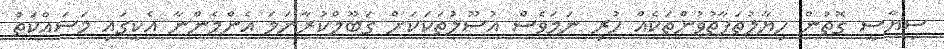
ސިޔާސީ ގޮތުން ހިޔާލުތަފާތުވުންތަކެއް ހުރި ނަމަވެސް އުސޫލުތަކަކަށް ގަބޫލްކުރާނަމަ އެންމެންނާ އެކީގައި މަސައްކަތް